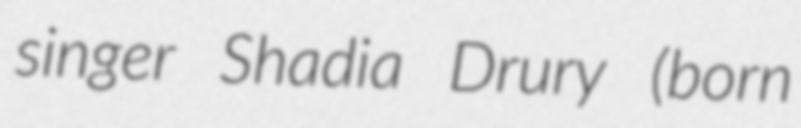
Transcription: singer Shadia Drury (born